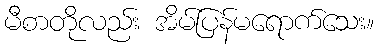
မီစာတိုလည်း အိမ်ပြန်မရောက်သေး။